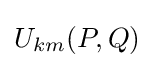
U_{km}(P,Q)